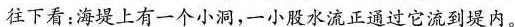
往下看：海堤上有一个小洞，一小股水流正通过它流到堤内。